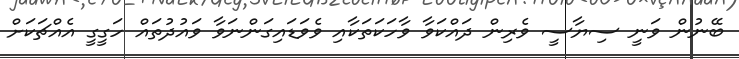
ބޭނުން ވަނީ ސިޔާސީ ވެރިން ދައްކަވާ ވާހަކަތަކާއި ވެވަޑައިގަންނަވާ ވައުދުތައް ހަގީގީ އެއްޗަކަށް